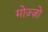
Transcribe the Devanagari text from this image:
मोज़्ज़ो